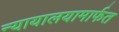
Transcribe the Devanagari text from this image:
न्यायालयामार्फत